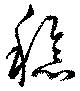
稔